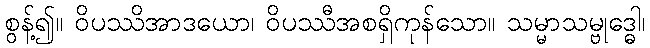
စွန့်၍။ ဝိပဿိအာဒယော၊ ဝိပဿီအစရှိကုန်သော။ သမ္မာသမ္ဗုဒ္ဓေါ၊